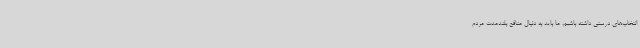
انتخاب‌های درستی داشته باشیم. ما باید به دنبال منافع بلندمدت مردم